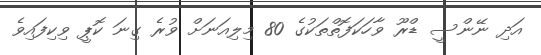
އަދި ނޭންސީ ޑްރޫ ވާހަކަފޮތްތަކުގެ 80 މިލިއަނަށް ވުރެ ގިނަ ކޮޕީ ވިކިފައިވެ